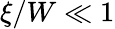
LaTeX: \xi/W\ll 1